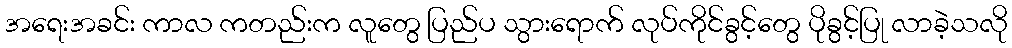
အရေးအခင်း ကာလ ကတည်းက လူတွေ ပြည်ပ သွားရောက် လုပ်ကိုင်ခွင့်တွေ ပိုခွင့်ပြု လာခဲ့သလို